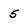
Character: 5